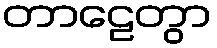
တာဠေတွာ